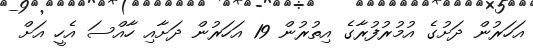
އަހަރުން ދަށުގެ އުމުރުފުރާގެ އިތުރުން 19 އަހަރުން ދަށާއި ހާއްސަ އެހީ އަށް